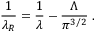
\frac { 1 } { \lambda _ { R } } = \frac { 1 } { \lambda } - \frac { \Lambda } { \pi ^ { 3 / 2 } } \; .